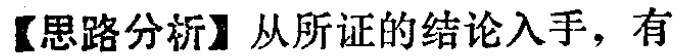
【思路分析】从所证的结论入手，有